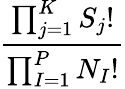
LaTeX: \frac{\prod_{j=1}^{K}S_{j}!}{\prod_{I=1}^{P}N_{I}!}